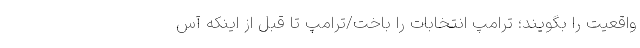
واقعیت را بگویند؛ ترامپ انتخابات را باخت/ترامپ تا قبل از اینکه آس